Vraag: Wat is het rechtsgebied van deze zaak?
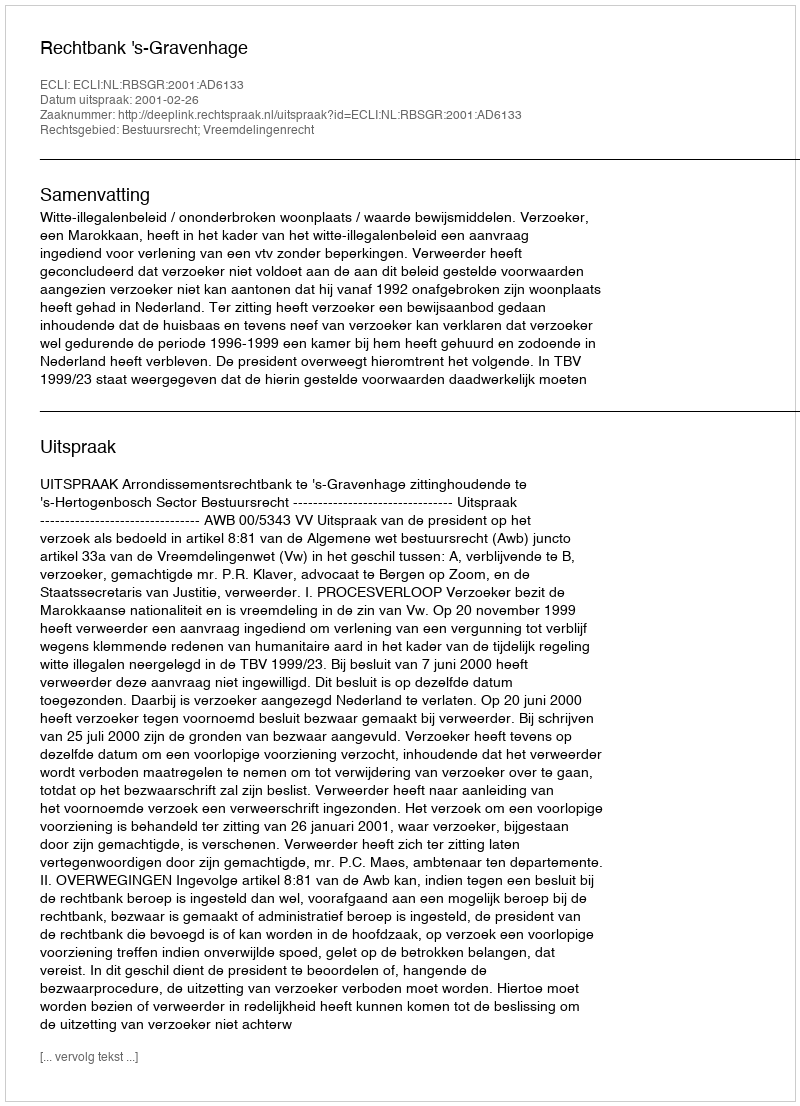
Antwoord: Bestuursrecht; Vreemdelingenrecht